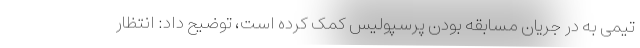
تیمی به در جریان مسابقه بودن پرسپولیس کمک کرده است، توضیح داد: انتظار